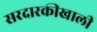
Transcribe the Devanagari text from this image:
सरदारकीखाली